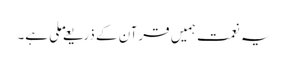
یہ نعمت ہمیں قرآن کے ذریعے ملی ہے۔